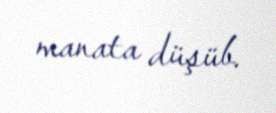
manata düşüb.